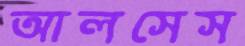
আলসেস